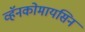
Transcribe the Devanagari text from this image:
व्हॅनकोमायसिन